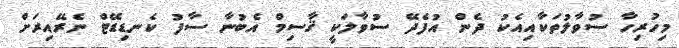
މިހުރިހާ ސުވާލުތަކާއިއެކު ދެން އުފެދޭ ސުވާލަކީ ޤާސިމް އެބުނާ ސާފު ކެނޑިޑޭޓް ނެރޭއިރަށް